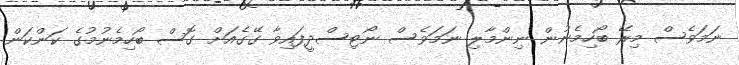
ނަމަވެސް މިރޭ ބޯހިމެނުން ނިންމާލި ނަމަވެސް ނޯޓިސްދީފައިވާ ގޭގެއަށް ގޮސް ބޯހިމެނުމުގެ ކަންކަން